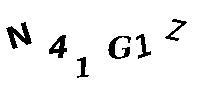
N41G1Z